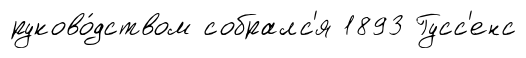
руково́дством собралс'я 1893 Гусс'енс